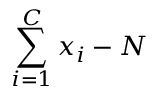
\sum _ { i = 1 } ^ { C } x _ { i } - N